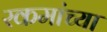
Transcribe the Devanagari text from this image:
रकमांच्या